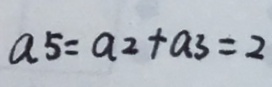
a 5 = a 2 + a 3 = 2